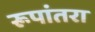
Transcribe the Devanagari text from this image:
रूपांतरा